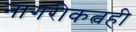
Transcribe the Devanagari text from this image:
नागरीकत्वही